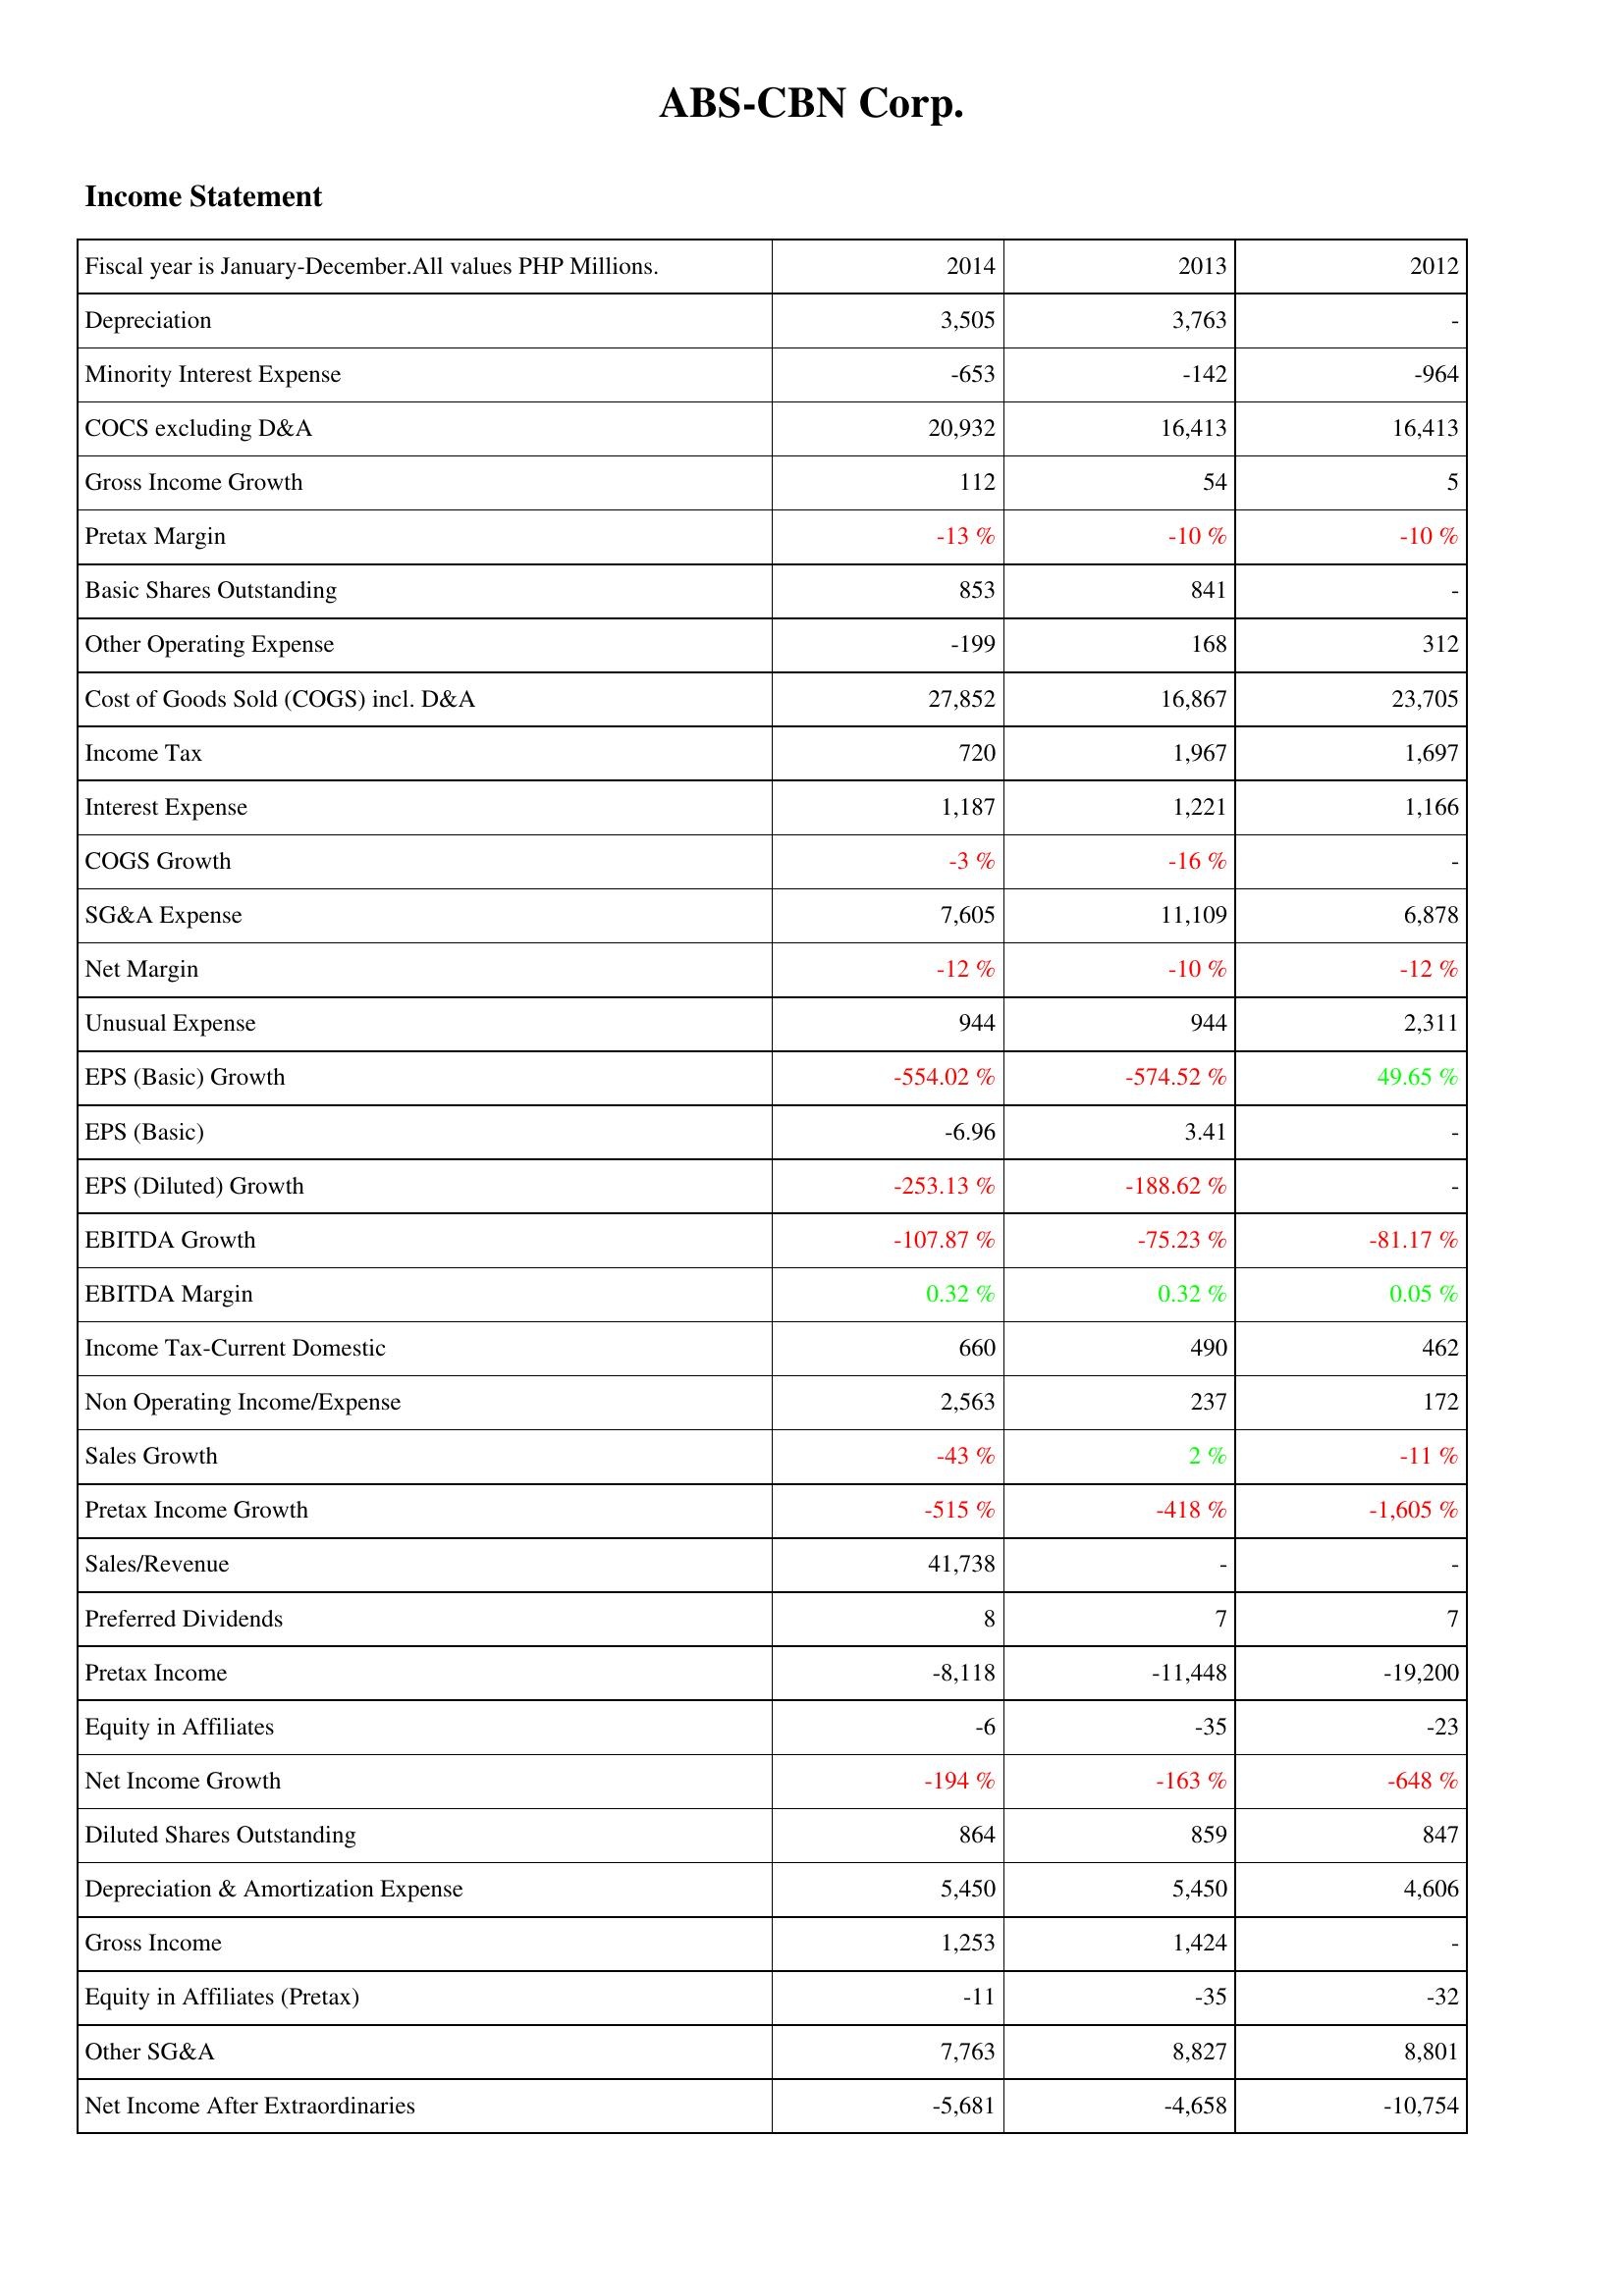
2014: Income Statement: Depreciation: 3,505
Minority Interest Expense: -653
COCS excluding D&A: 20,932
Gross Income Growth: 112
Pretax Margin: -13 %
Basic Shares Outstanding: 853
Other Operating Expense: -199
Cost of Goods Sold (COGS) incl. D&A: 27,852
Income Tax: 720
Interest Expense: 1,187
COGS Growth: -3 %
SG&A Expense: 7,605
Net Margin: -12 %
Unusual Expense: 944
EPS (Basic) Growth: -554.02 %
EPS (Basic): -6.96
EPS (Diluted) Growth: -253.13 %
EBITDA Growth: -107.87 %
EBITDA Margin: 0.32 %
Income Tax-Current Domestic: 660
Non Operating Income/Expense: 2,563
Sales Growth: -43 %
Pretax Income Growth: -515 %
Sales/Revenue: 41,738
Preferred Dividends: 8
Pretax Income: -8,118
Equity in Affiliates: -6
Net Income Growth: -194 %
Diluted Shares Outstanding: 864
Depreciation & Amortization Expense: 5,450
Gross Income: 1,253
Equity in Affiliates (Pretax): -11
Other SG&A: 7,763
Net Income After Extraordinaries: -5,681
2013: Income Statement: Depreciation: 3,763
Minority Interest Expense: -142
COCS excluding D&A: 16,413
Gross Income Growth: 54
Pretax Margin: -10 %
Basic Shares Outstanding: 841
Other Operating Expense: 168
Cost of Goods Sold (COGS) incl. D&A: 16,867
Income Tax: 1,967
Interest Expense: 1,221
COGS Growth: -16 %
SG&A Expense: 11,109
Net Margin: -10 %
Unusual Expense: 944
EPS (Basic) Growth: -574.52 %
EPS (Basic): 3.41
EPS (Diluted) Growth: -188.62 %
EBITDA Growth: -75.23 %
EBITDA Margin: 0.32 %
Income Tax-Current Domestic: 490
Non Operating Income/Expense: 237
Sales Growth: 2 %
Pretax Income Growth: -418 %
Sales/Revenue: -
Preferred Dividends: 7
Pretax Income: -11,448
Equity in Affiliates: -35
Net Income Growth: -163 %
Diluted Shares Outstanding: 859
Depreciation & Amortization Expense: 5,450
Gross Income: 1,424
Equity in Affiliates (Pretax): -35
Other SG&A: 8,827
Net Income After Extraordinaries: -4,658
2012: Income Statement: Depreciation: -
Minority Interest Expense: -964
COCS excluding D&A: 16,413
Gross Income Growth: 5
Pretax Margin: -10 %
Basic Shares Outstanding: -
Other Operating Expense: 312
Cost of Goods Sold (COGS) incl. D&A: 23,705
Income Tax: 1,697
Interest Expense: 1,166
COGS Growth: -
SG&A Expense: 6,878
Net Margin: -12 %
Unusual Expense: 2,311
EPS (Basic) Growth: 49.65 %
EPS (Basic): -
EPS (Diluted) Growth: -
EBITDA Growth: -81.17 %
EBITDA Margin: 0.05 %
Income Tax-Current Domestic: 462
Non Operating Income/Expense: 172
Sales Growth: -11 %
Pretax Income Growth: -1,605 %
Sales/Revenue: -
Preferred Dividends: 7
Pretax Income: -19,200
Equity in Affiliates: -23
Net Income Growth: -648 %
Diluted Shares Outstanding: 847
Depreciation & Amortization Expense: 4,606
Gross Income: -
Equity in Affiliates (Pretax): -32
Other SG&A: 8,801
Net Income After Extraordinaries: -10,754